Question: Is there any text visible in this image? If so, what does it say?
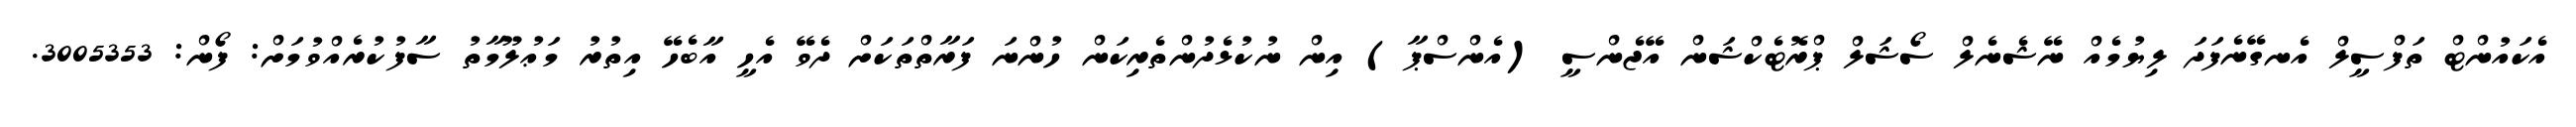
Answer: އެކައުންޓް ތަފްސީލް އެނގޭނެފަދަ ލިޔުމެއް ނޭޝެނެލް ސޯޝަލް ޕްރޮޓެކްޝަން އޭޖެންސީ (އެންސްޕާ) އިން ނުކުޅެދުންތެރިކަން ހުންނަ ފަރާތްތަކަށް ދެވޭ އެހީ އާބެހޭ އިތުރު މަޢުލޫމާތު ސާފުކުރެއްވުމަށް: ފޯން: 3005353.